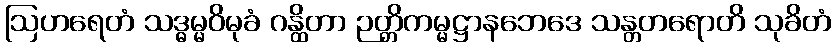
ဩဟရေတံ သဒ္ဓမ္မဝိမုခံ ဂန္ထိတာ ဉတ္တိကမ္မဋ္ဌာနဘေဒေ သန္တတရောတိ သုခိတံ